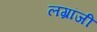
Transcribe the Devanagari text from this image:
लग्रांजी